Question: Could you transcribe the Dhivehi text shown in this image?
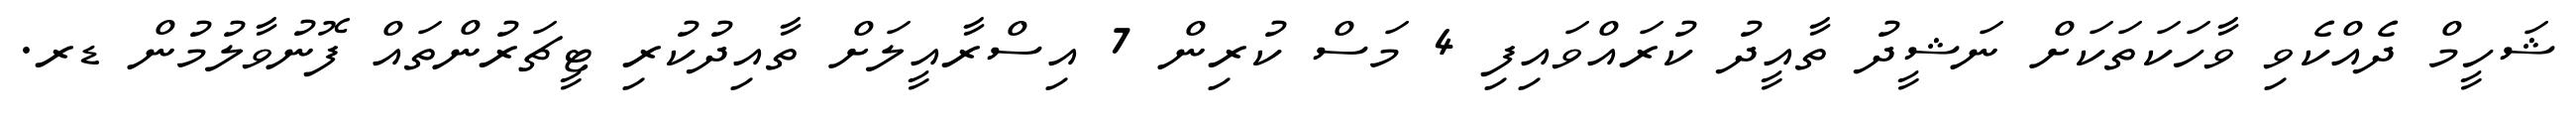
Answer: ޝަހީމް ދެއްކެވި ވާހަކަތަކަށް ނަޝީދު ތާއީދު ކުރައްވައިފި 4 މަސް ކުރިން 7 އިސްރާއީލަށް ތާއިދުކުރި ޓީޗަރުންތައް ފޮނުވާލުމުން ޑރ.